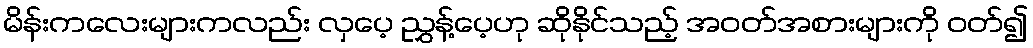
မိန်းကလေးများကလည်း လှပေ့ ညွှန့်ပေ့ဟု ဆိုနိုင်သည့် အဝတ်အစားများကို ဝတ်၍